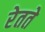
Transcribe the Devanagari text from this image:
रेतते